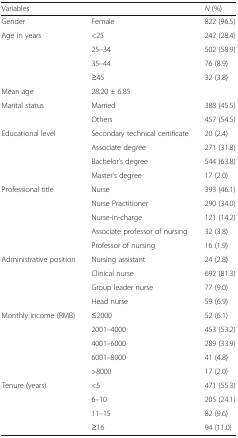
| <COLSPAN=2> Variables | N (%) |
 | --- | --- | --- |
 | Gender | Female | 822 (96.5) |
 | <ROWSPAN=4> Age in years | <25 | 242 (28.4) |
 | 25–34 | 502 (58.9) |
 | 35–44 | 76 (8.9) |
 | ≥45 | 32 (3.8) |
 | Mean age | 28.20 ± 6.85 |  |
 | <ROWSPAN=2> Marital status | Married | 388 (45.5) |
 | Others | 457 (54.5) |
 | <ROWSPAN=4> Educational level | Secondary technical certificate | 20 (2.4) |
 | Associate degree | 271 (31.8) |
 | Bachelor’s degree | 544 (63.8) |
 | Master’s degree | 17 (2.0) |
 | <ROWSPAN=5> Professional title | Nurse | 393 (46.1) |
 | Nurse Practitioner | 290 (34.0) |
 | Nurse-in-charge | 121 (14.2) |
 | Associate professor of nursing | 32 (3.8) |
 | Professor of nursing | 16 (1.9) |
 | <ROWSPAN=4> Administrative position | Nursing assistant | 24 (2.8) |
 | Clinical nurse | 692 (81.3) |
 | Group leader nurse | 77 (9.0) |
 | Head nurse | 59 (6.9) |
 | <ROWSPAN=5> Monthly income (RMB) | ≤2000 | 52 (6.1) |
 | 2001–4000 | 453 (53.2) |
 | 4001–6000 | 289 (33.9) |
 | 6001–8000 | 41 (4.8) |
 | >8000 | 17 (2.0) |
 | <ROWSPAN=4> Tenure (years) | <5 | 471 (55.3) |
 | 6–10 | 205 (24.1) |
 | 11–15 | 82 (9.6) |
 | ≥16 | 94 (11.0) |